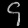
Digit: ၄